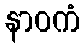
နာဝကံ